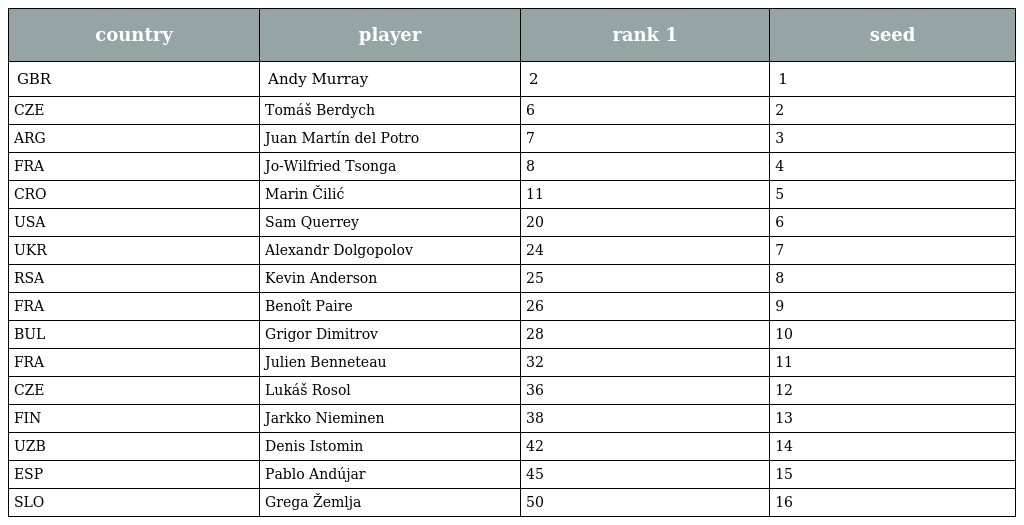
| country | player | rank 1 | seed |
 | --- | --- | --- | --- |
 | GBR | Andy Murray | 2 | 1 |
 | CZE | Tomáš Berdych | 6 | 2 |
 | ARG | Juan Martín del Potro | 7 | 3 |
 | FRA | Jo-Wilfried Tsonga | 8 | 4 |
 | CRO | Marin Čilić | 11 | 5 |
 | USA | Sam Querrey | 20 | 6 |
 | UKR | Alexandr Dolgopolov | 24 | 7 |
 | RSA | Kevin Anderson | 25 | 8 |
 | FRA | Benoît Paire | 26 | 9 |
 | BUL | Grigor Dimitrov | 28 | 10 |
 | FRA | Julien Benneteau | 32 | 11 |
 | CZE | Lukáš Rosol | 36 | 12 |
 | FIN | Jarkko Nieminen | 38 | 13 |
 | UZB | Denis Istomin | 42 | 14 |
 | ESP | Pablo Andújar | 45 | 15 |
 | SLO | Grega Žemlja | 50 | 16 |